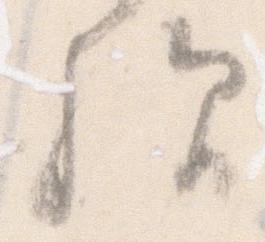
歟